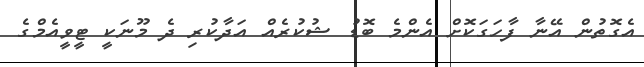
އެގޮތުން އޭނާ ފާހަގަކޮށް އެންމެ ބޮޑު ޝުކުރެއް އަދާކުރި ދެ މޫނަކީ ޓީވީއެމްގެ